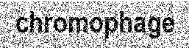
chromophage